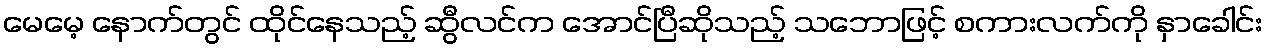
မေမေ့ နောက်တွင် ထိုင်နေသည့် ဆွီလင်က အောင်ပြီဆိုသည့် သဘောဖြင့် စကားလက်ကို နှာခေါင်း